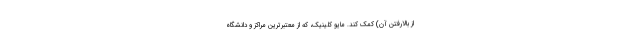
از بالارفتن آن) کمک کند. مایو کلینیک، که از معتبرترین مراکز و دانشگاه